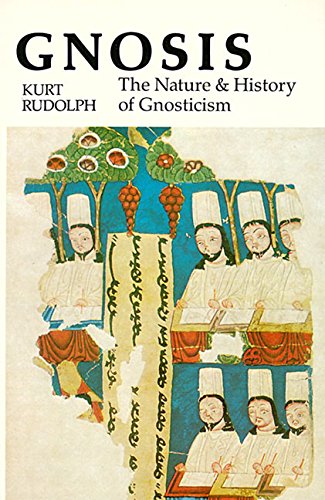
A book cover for Gnosis: The Nature and History of Gnosticism; Kurt Rudolph; Christian Books & Bibles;